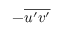
- \overline { { u ^ { \prime } v ^ { \prime } } }